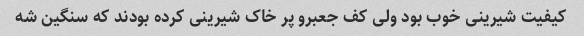
کیفیت شیرینی خوب بود ولی کف جعبرو پر خاک شیرینی کرده بودند که سنگین شه